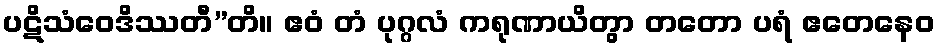
ပဋိသံဝေဒိဿတီ”တိ။ ဧဝံ တံ ပုဂ္ဂလံ ကရုဏာယိတွာ တတော ပရံ ဧတေနေဝ